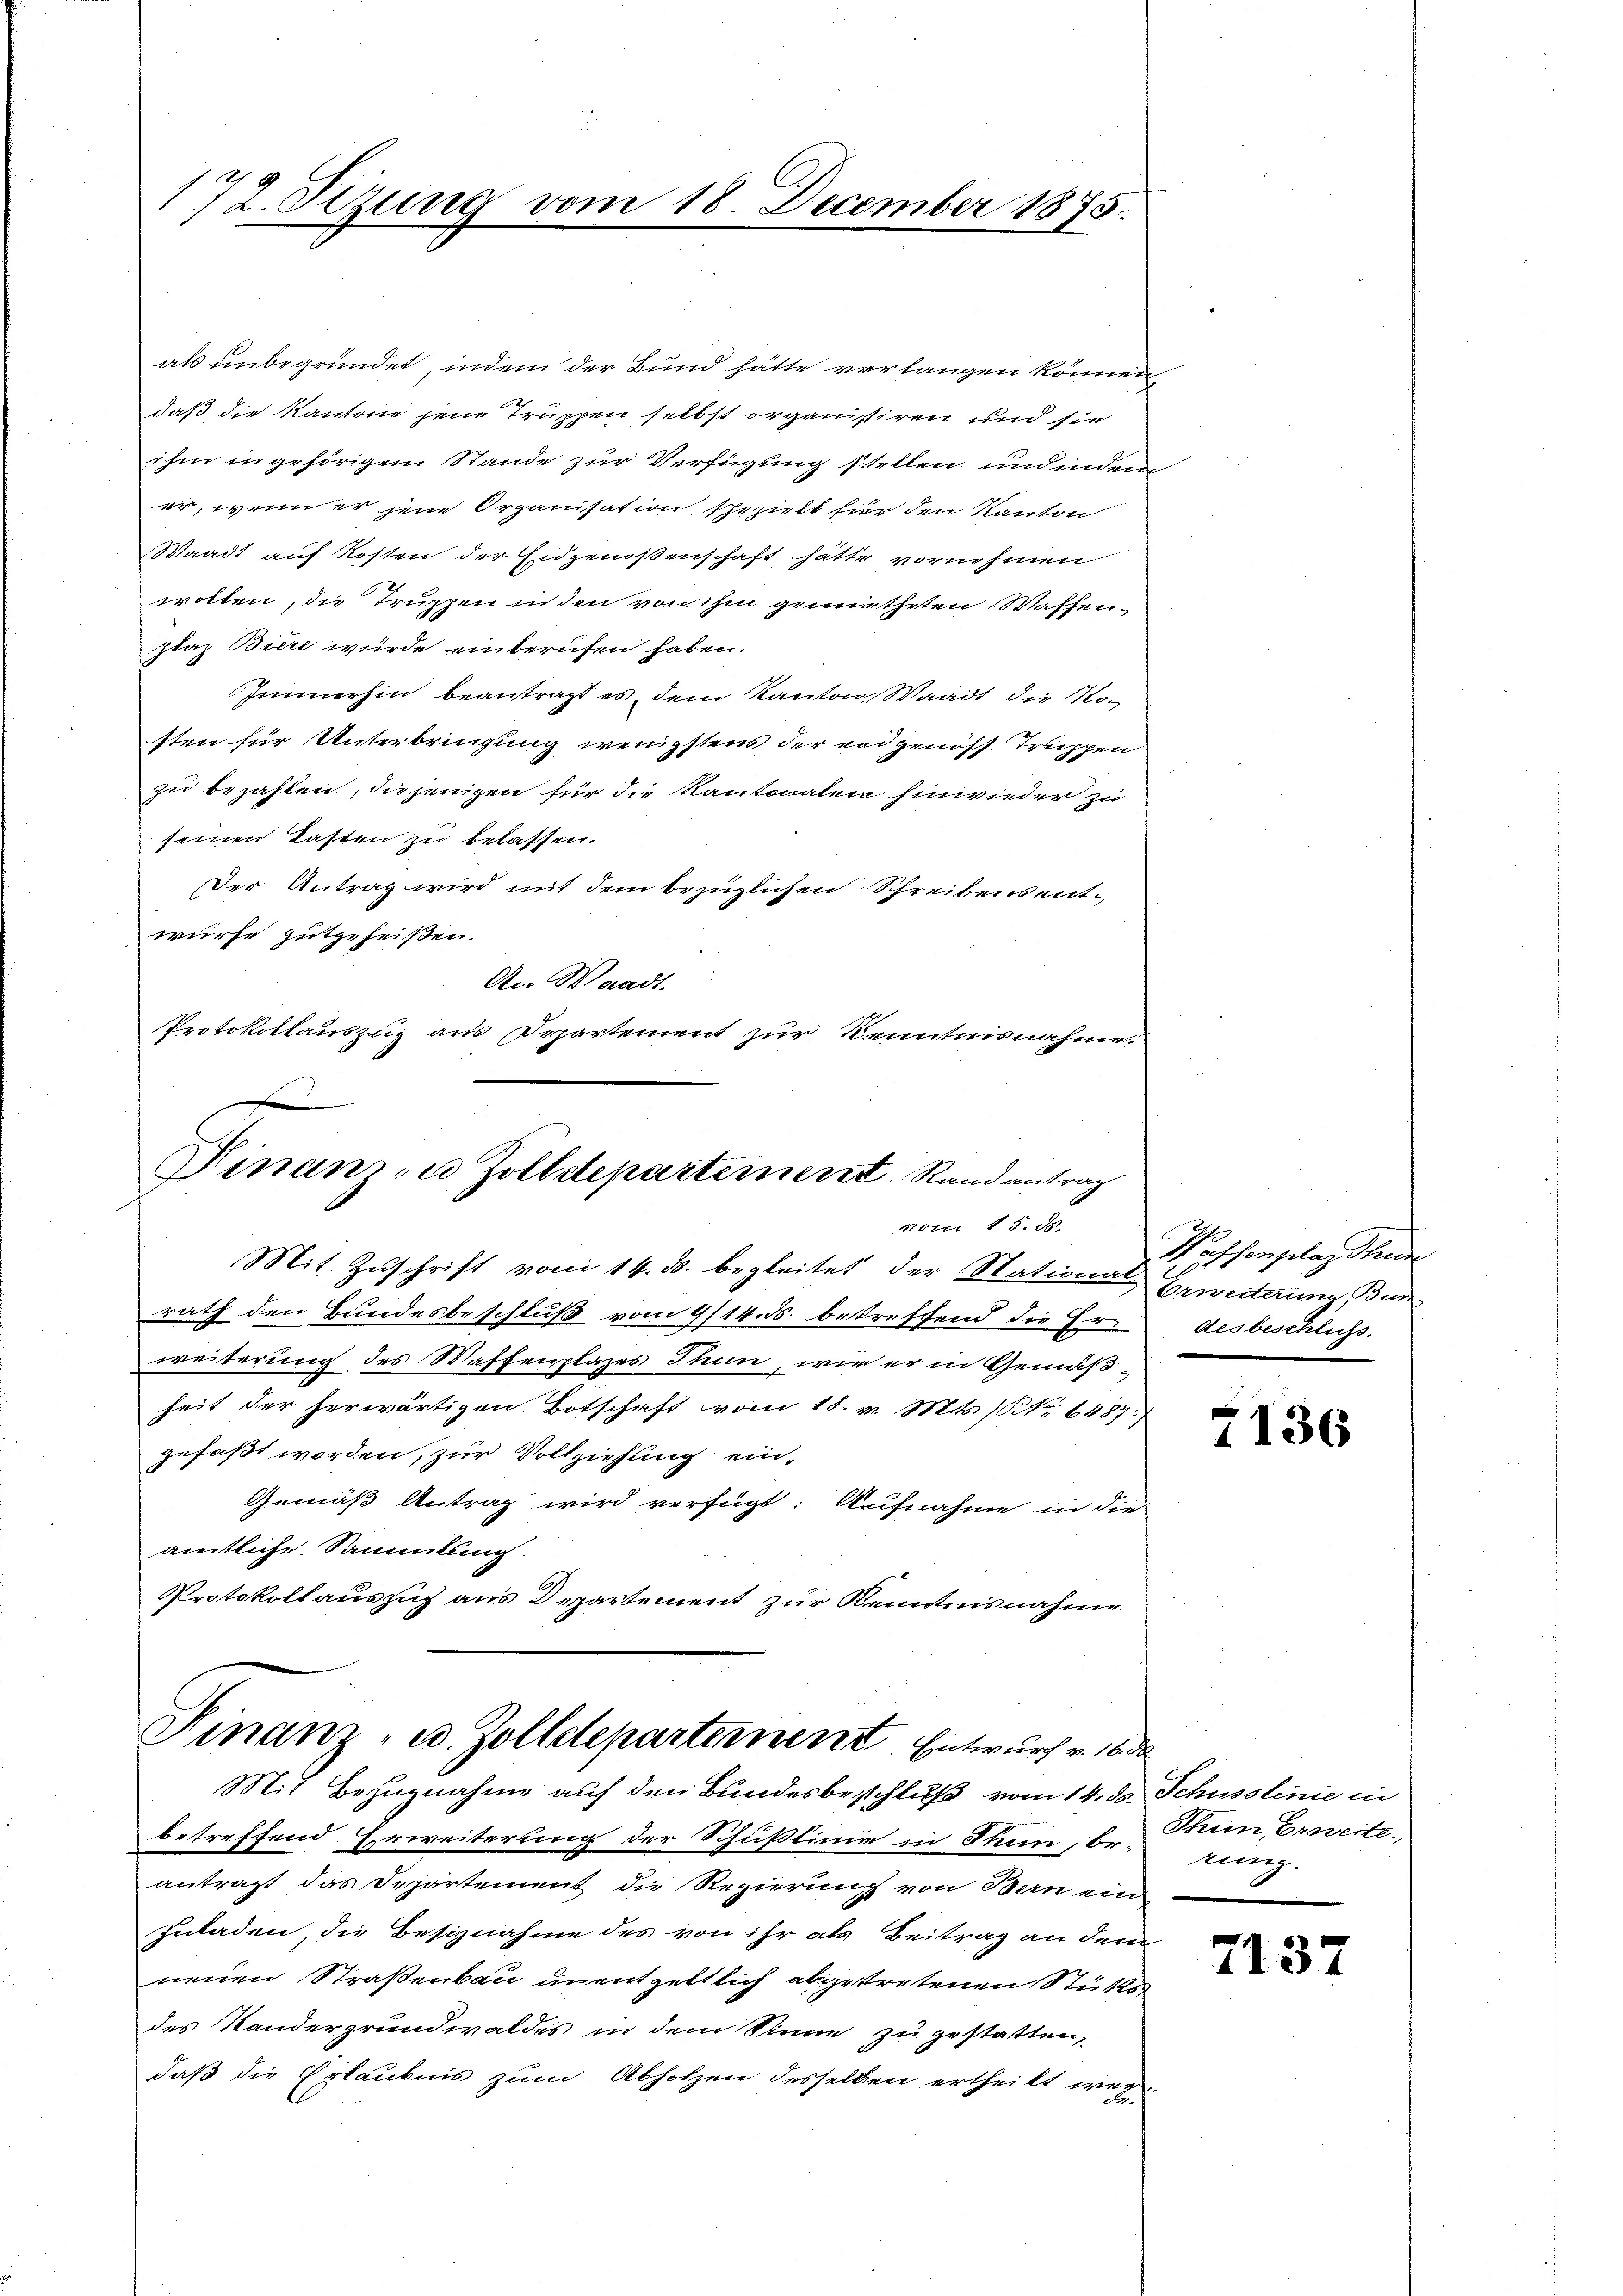
172. Sizung vom 18. December 1875.

als unbegründet, indem der Bund hätte verlangen können
daß die Kantone jene Truppen selbst organisiren und sie
ihm in gehörigem Stande zur Verfügung stellen und indem
er, wenn er jene Organisation schezielt hier den Kanton
Waadt auf Kosten der Eidgenoßenschaft hätte vornehmen
wolten, die Truppen in den von ihm gemietheten Waffenplaz Biere wurde einberufen haben.
Immerhin beantragt es, dem Kanton Waadt die Mosten für Unterbringung wenigstens der eidgenöss. Truppen
zu bezahlen, diejenigen für die Kantonalen hinwieder zu
seinen Tasten zu belassen.
Der Antrag wird mit dem bezüglichen Schreibens entwürfe gutgeheißen.
An Waadt.
Protokollauszug aus Departement zur Kenntnisnahme.

Vinanz zu Zolldepartement. Randantrag
r 15. d.

Mit Zuschrift vom 14. ds. begleitet der Stationen Erweiterung unrath den Bundesbeschluß vom 9/14. ds. betreffend die Er-desbeschluss.
weiterung des Waffenplazes Thun, wie er in Gemäßheit der herwärtigen Botschaft vom 18. v. Mts. No 6487)
gefaßt worden, zur Vollziehung ein-
Gemäß Antrag wird verfügt: Aufnahme in die
amtliche Sammlung.
Protokollauszug aus Departement zur Kenntnisnahme.

Finanz- u. Zolldepartement Entwurf v. 16 d
Mit Bezugnahme auf den Bundesbeschluß vom 14. ds. Schusslinie in

betreffend Erweiterung der Schußlinie in Thun, be- Rum, Erweiteantragt das Departement die Regierung von Bern ein
Iuladen, die Besiznahme des von ihr als Beitrag an dem
neuen Straßenbau unentgeltlich abgetretenen Stücks
des Kandergrundwaldes in dem Sinne zu gestatten,
daß die Erlaubnis zum Abholzen desselben ertheilt wer

Wassengelag thun

7136

rung.

7137